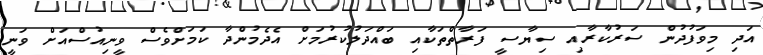
އަދި މިވަފުދުން ސަރުކާރާއި ސިޔާސީ ފަރާތްތަކާއި ބައްދަލުކުރުމަށް އެދެމުންދާ ކަމަށްވެސް ވީނިއުސްއަށް ވަނީ